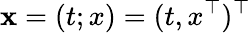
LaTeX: \mathbf{x}=(t;x)=(t,x^{\top})^{\top}